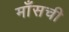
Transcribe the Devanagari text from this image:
माँसची